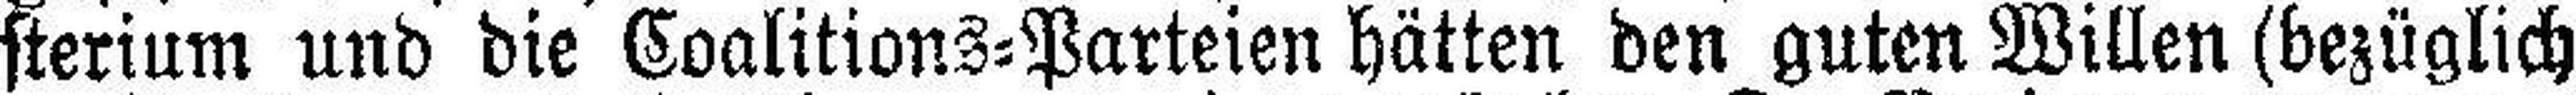
sterium und die Coalitions=Parteien hätten den guten Willen (bezüglich